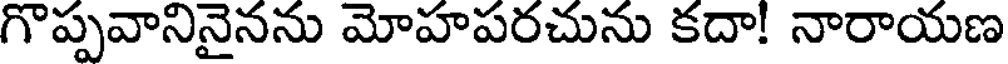
గొప్పవానినైనను మోహపరచును కదా! నారాయణ